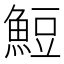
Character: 䱏